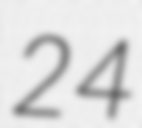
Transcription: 24